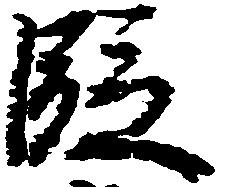
段